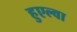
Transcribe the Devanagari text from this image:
हुएल्वा